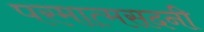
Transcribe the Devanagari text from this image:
परमात्मसदनी